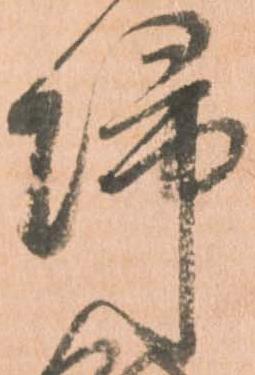
帰